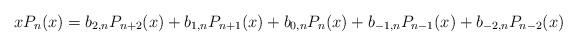
LaTeX: \begin{align*} x P_n(x) = b_{2,n}P_{n+2}(x) + b_{1,n}P_{n+1}(x)+b_{0,n}P_n(x)+b_{-1,n}P_{n-1}(x)+b_{-2,n}P_{n-2}(x)\end{align*}